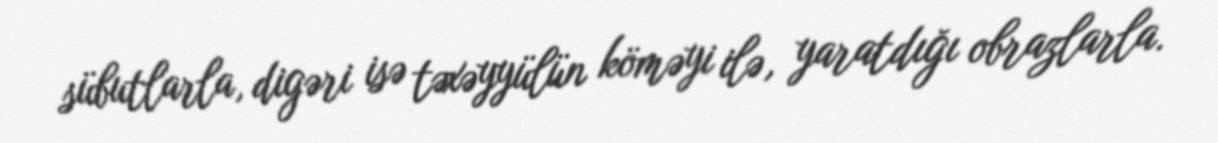
sübutlarla, digəri isə təxəyyülün köməyi ilə, yaratdığı obrazlarla.